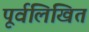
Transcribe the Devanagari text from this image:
पूर्वलिखित